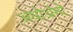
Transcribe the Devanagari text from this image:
अधोअंगो